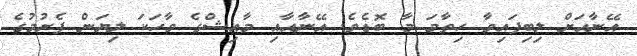
އޭނާއަށް ލިބިފައިވާ ހިތާމަ މާ ބޮޑެވެ. އޭނާއާއި މާއިޝްގެ ވާހަކަ ލިޔަން ފެށުމުގެ